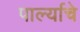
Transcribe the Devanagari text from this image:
पार्ल्याचे